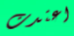
اعتدت